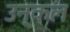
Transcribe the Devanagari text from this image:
उन्कल